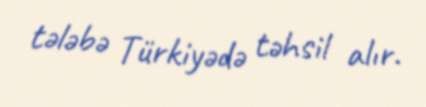
tələbə Türkiyədə təhsil alır.